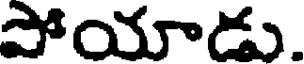
పోయాడు.